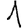
Digit: 1